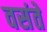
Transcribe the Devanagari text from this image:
वसंते